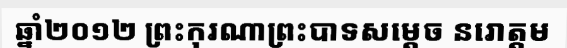
ឆ្នាំ២០១២ ព្រះកុរណាព្រះបាទសម្តេច នរោត្តម